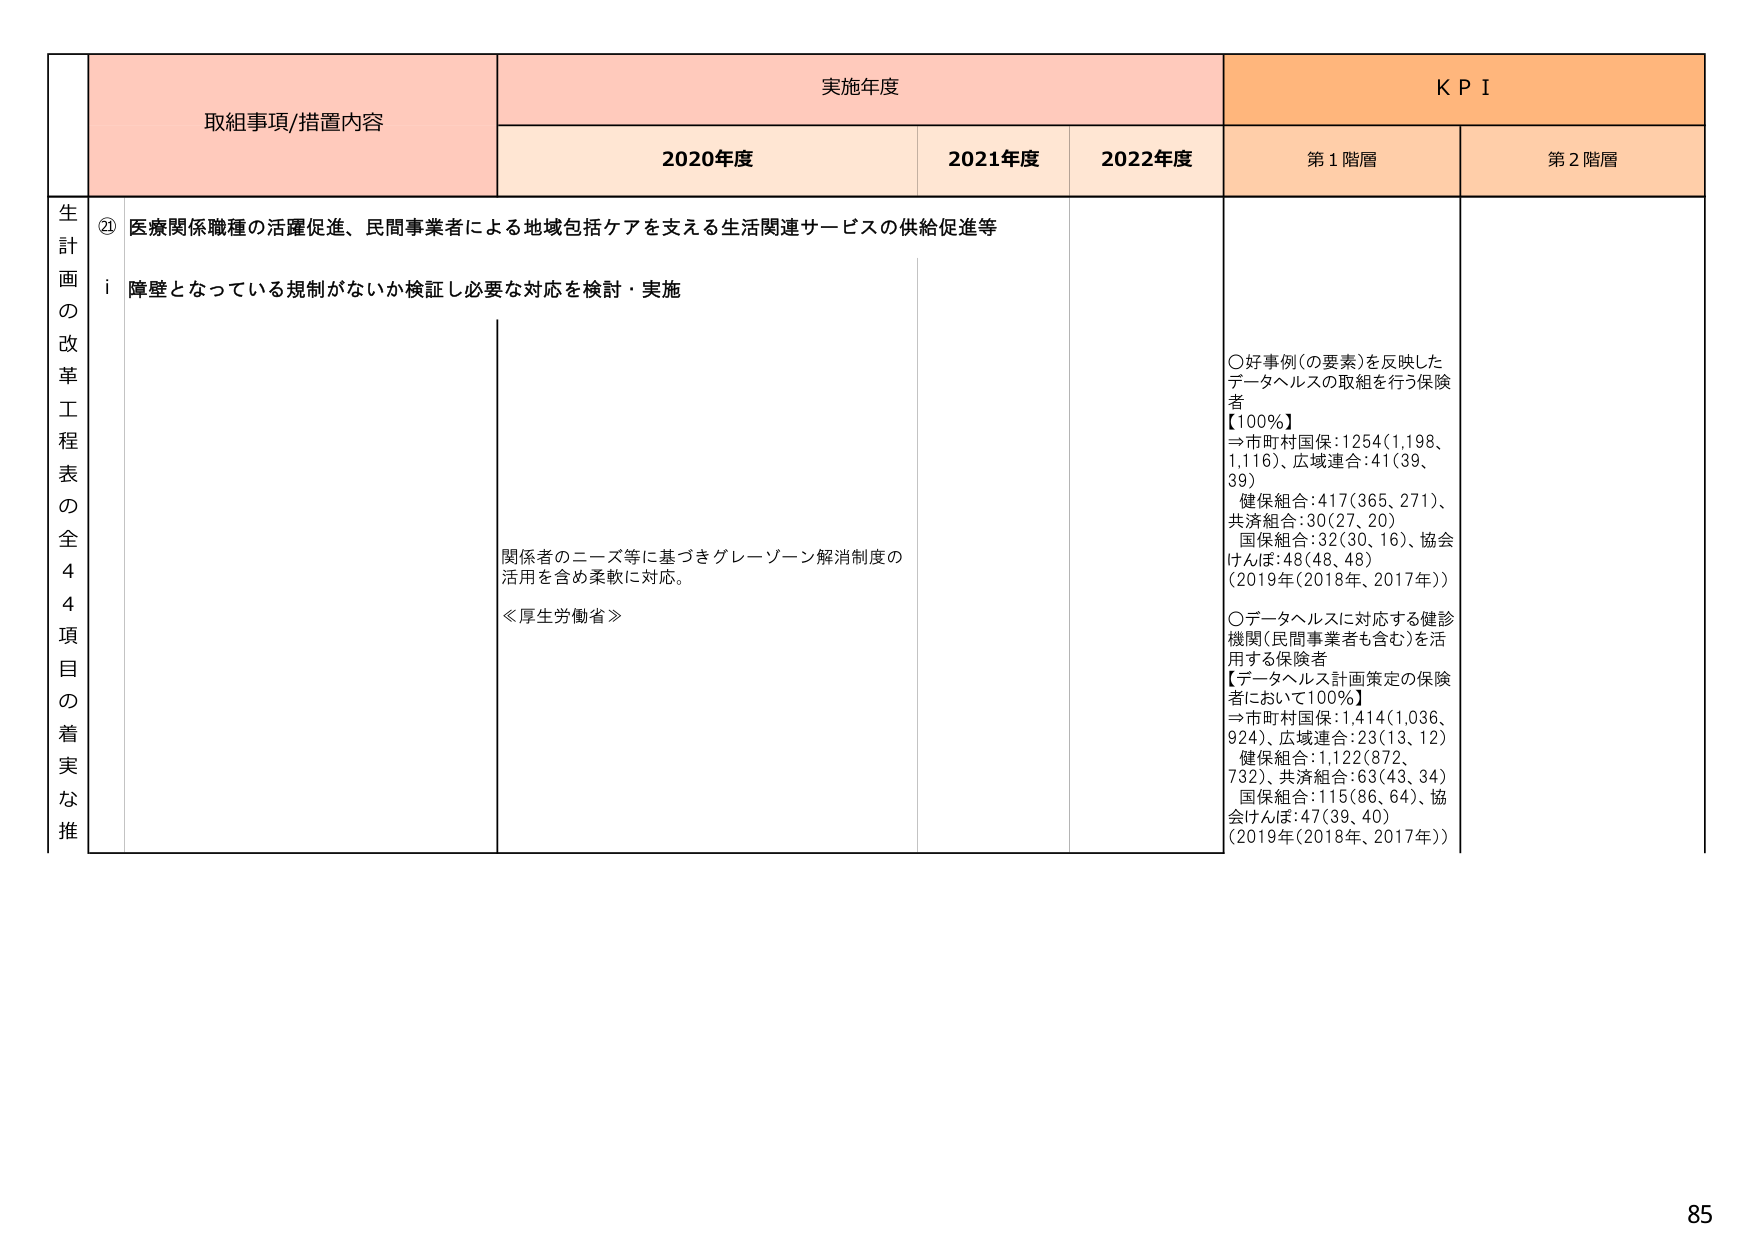
生計画の改革工程表の全44項目の着実な推
② 医療関係職種の活躍促進、民間事業者による地域包括ケアを支える生活関連サービスの供給促進等
i 障壁となっている規制がないか検証し必要な対応を検討・実施
関係者のニーズ等に基づきグレーゾーン解消制度の
活用を含め柔軟に対応。
≪厚生労働省≫
実施年度
2020年度
2021年度
2022年度
KPI
第1階層
第2階層
○好事例(の要素)を反映した
データヘルスの取組を行う保険
者
【100%】
⇒市町村国保:1254(1,198、
1,116)、広域連合:41(39、
39)
健保組合:417(365、271)、
共済組合:30(27、20)
国保組合:32(30、16)、協会
けんぽ:48(48、48)
(2019年(2018年、2017年))
○データヘルスに対応する健診
機関(民間事業者も含む)を活
用する保険者
【データヘルス計画策定の保険
者において100%】
⇒市町村国保:1,414(1,036、
924)、広域連合:23(13、12)
健保組合:1,122(872、
732)、共済組合:63(43、34)
国保組合:115(86、64)、協
会けんぽ:47(39、40)
(2019年(2018年、2017年))
85